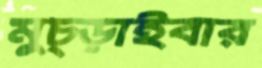
মুচ্‌ড়াইবার